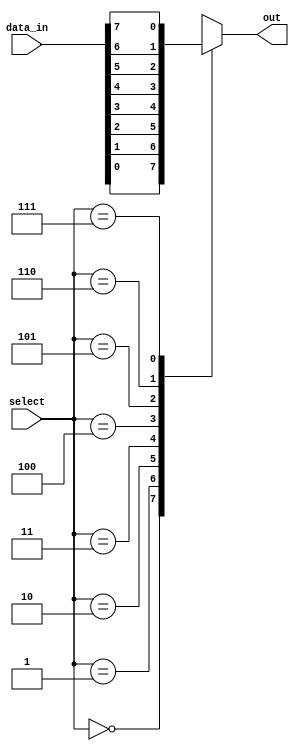
module mux_8to1 (
    input [7:0] data_in,
    input [2:0] select,
    output reg out
);

always @ (*) begin
    case (select)
        3'b000: out = data_in[0];
        3'b001: out = data_in[1];
        3'b010: out = data_in[2];
        3'b011: out = data_in[3];
        3'b100: out = data_in[4];
        3'b101: out = data_in[5];
        3'b110: out = data_in[6];
        3'b111: out = data_in[7];
    endcase
end

endmodule